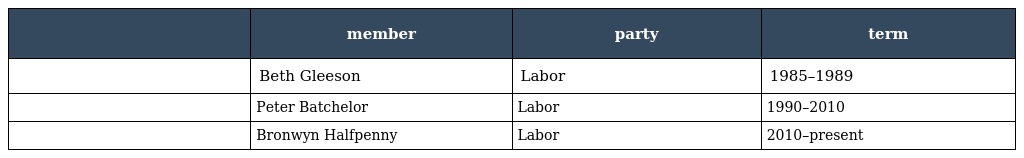
|  | member | party | term |
 | --- | --- | --- | --- |
 |  | Beth Gleeson | Labor | 1985–1989 |
 |  | Peter Batchelor | Labor | 1990–2010 |
 |  | Bronwyn Halfpenny | Labor | 2010–present |